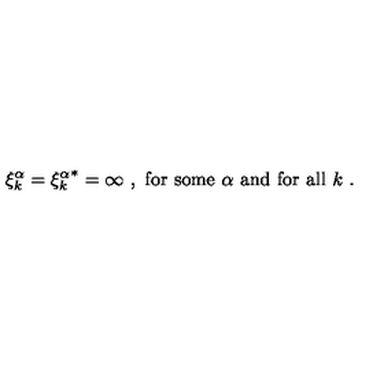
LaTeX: \xi _ { k } ^ { \alpha } = { \xi _ { k } ^ { \alpha } } ^ { * } = \infty \ , \mathrm { \ f o r \ s o m e } \ \alpha \ \mathrm { a n d \ f o r \ a l l } \ k \ .